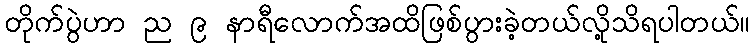
တိုက်ပွဲဟာ ည ၉ နာရီလောက်အထိဖြစ်ပွားခဲ့တယ်လို့သိရပါတယ်။